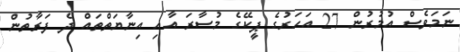
ނަމަވެސް އުމުރުން 27 އަހަރުގެ ޕީކޭގެ މުސާރަ އާއި އިނާޔަތްތައް ދެ ފަރާތުން